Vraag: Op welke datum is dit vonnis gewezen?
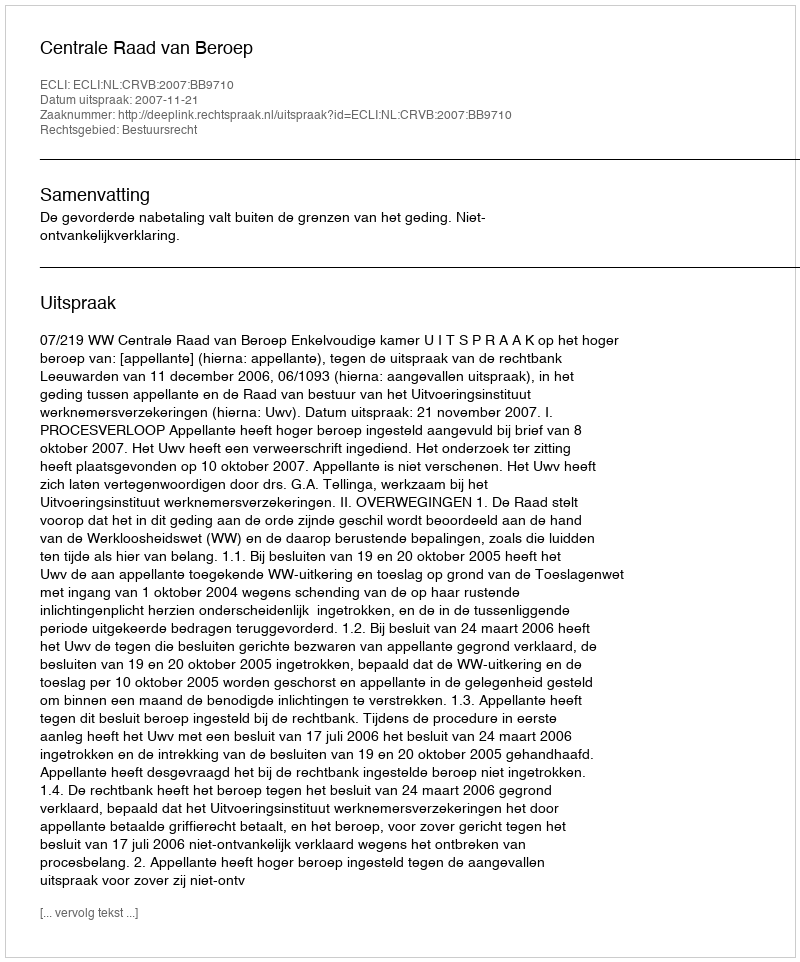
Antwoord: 2007-11-21